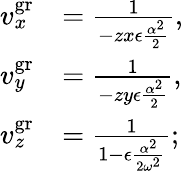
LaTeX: \begin{array}{rl}{v_{x}^{\mathrm{gr}}}&{=\frac{1}{-zx\epsilon\frac{\alpha^{2}}{2}},}\\ {v_{y}^{\mathrm{gr}}}&{=\frac{1}{-zy\epsilon\frac{\alpha^{2}}{2}},}\\ {v_{z}^{\mathrm{gr}}}&{=\frac{1}{1-\epsilon\frac{\alpha^{2}}{2\omega^{2}}};}\end{array}